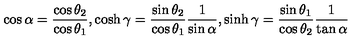
\cos \alpha = \frac { \cos \theta _ { 2 } } { \cos \theta _ { 1 } } , \cosh \gamma = \frac { \sin \theta _ { 2 } } { \cos \theta _ { 1 } } \frac { 1 } { \sin \alpha } , \sinh \gamma = \frac { \sin \theta _ { 1 } } { \cos \theta _ { 2 } } \frac { 1 } { \tan \alpha }